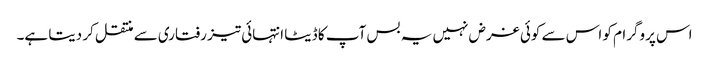
اس پروگرام کو اس سے کوئی غرض نہیں یہ بس آپ کا ڈیٹا انتہائی تیز رفتاری سے منتقل کر دیتا ہے۔